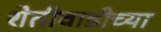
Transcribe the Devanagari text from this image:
शेतीवाडीच्या